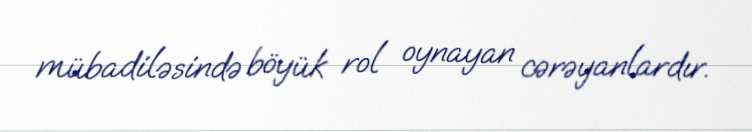
mübadiləsində böyük rol oynayan cərəyanlardır.